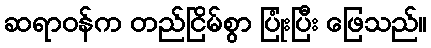
ဆရာဝန်က တည်ငြိမ်စွာ ပြုံးပြီး ဖြေသည်။